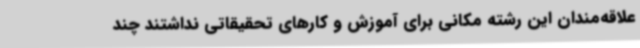
علاقه‌مندان این رشته مکانی برای آموزش و کارهای تحقیقاتی نداشتند چند